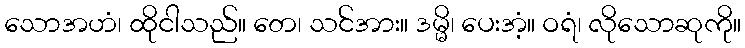
သောအဟံ၊ ထိုငါသည်။ တေ၊ သင်အား။ ဒမ္မိ၊ ပေးအံ့။ ဝရံ၊ လိုသောဆုကို။